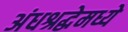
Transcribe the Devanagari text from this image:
अंधश्रद्धेमध्ये